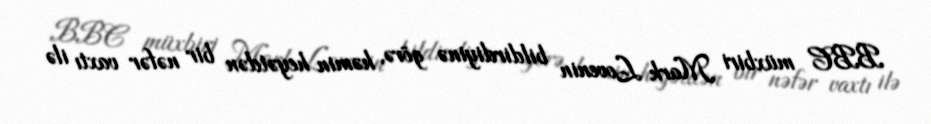
BBC müxbiri Mark Lovenin bildirdiyinə görə, həmin heyətdən bir nəfər vaxtı ilə